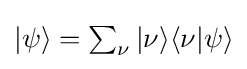
{\textstyle |\psi \rangle =\sum _{\nu }|\nu \rangle \langle \nu |\psi \rangle }